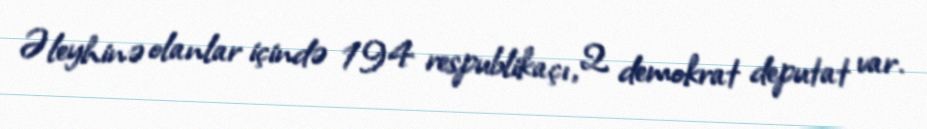
Əleyhinə olanlar içində 194 respublikaçı, 2 demokrat deputat var.